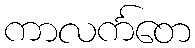
ကာလင်္ကတေ